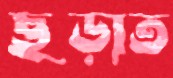
ছড়াত